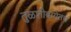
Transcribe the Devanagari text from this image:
तुळशीबागेतच